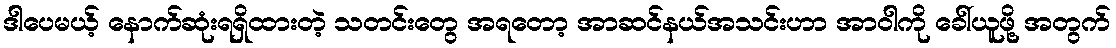
ဒါပေမယ့် နောက်ဆုံးရရှိထားတဲ့ သတင်းတွေ အရတော့ အာဆင်နယ်အသင်းဟာ အာဝါကို ခေါ်ယူဖို့ အတွက်